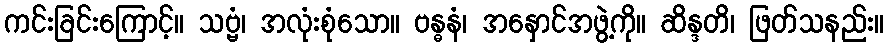
ကင်းခြင်းကြောင့်။ သဗ္ဗံ၊ အလုံးစုံသော။ ဗန္ဓနံ၊ အနှောင်အဖွဲ့ကို။ ဆိန္ဒတိ၊ ဖြတ်သနည်း။